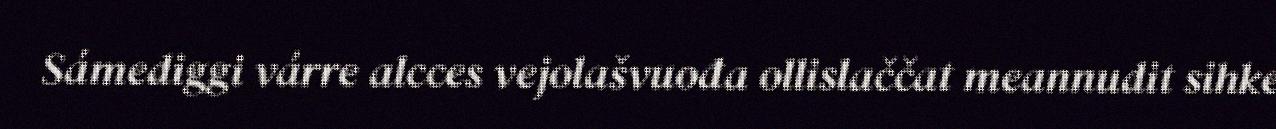
Sámediggi várre alcces vejolašvuođa ollislaččat meannudit sihke